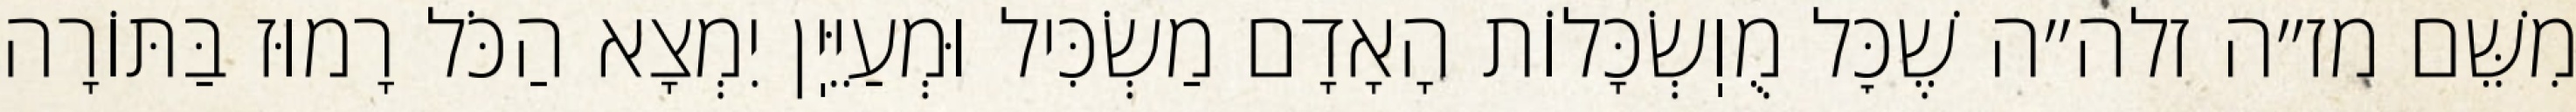
מִשֵּׁם מז״ה זלה״ה שֶׁכׇּל מֻוֽשְׂכָּלוֹת הָאָדָם מַשְׂכִּיל וּמְעַיֵּיֽן יִמְצָא הַכֹּל רָמוּז בַּתּוֹרָה